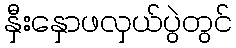
နှီးနှောဖလှယ်ပွဲတွင်